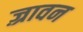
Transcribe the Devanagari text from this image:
ज़्रावन